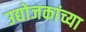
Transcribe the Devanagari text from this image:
उद्योजकांच्या